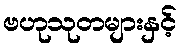
ဗဟုသုတများနှင့်